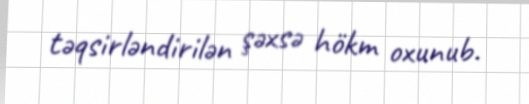
təqsirləndirilən şəxsə hökm oxunub.